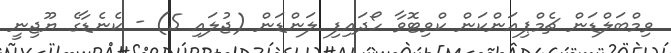
ވިމްބަލްޑަން ޗެމްޕިއަންކަން ކްވިޓޮވާ ހޯދައިފި ލަންޑަން (ޖުލައި 5) - ކެނެޑާގެ ޔޫޖިނީ